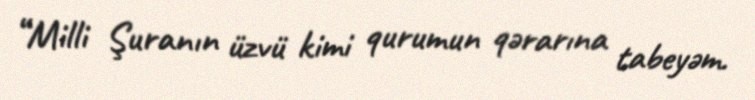
“Milli Şuranın üzvü kimi qurumun qərarına tabeyəm.